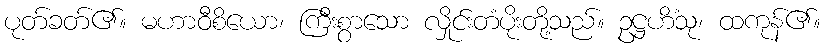
ပုတ်ခတ်၏။ မဟာဝီစိယော၊ ကြီးစွာသော လှိုင်းတံပိုးတို့သည်။ ဥဋ္ဌဟိံသု၊ ထကုန်၏။